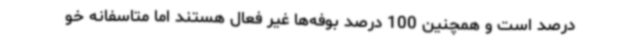
درصد است و همچنین 100 درصد بوفه‌ها غیر فعال هستند اما متاسفانه خو